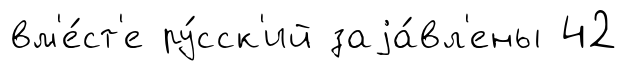
вм'е́ст'е ру́сск'ий заjа́вл'ены 42